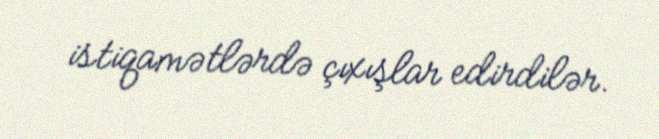
istiqamətlərdə çıxışlar edirdilər.